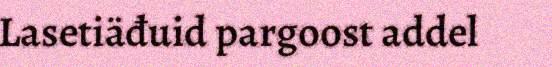
Lasetiäđuid pargoost addel